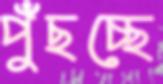
পুঁছচ্ছে